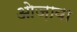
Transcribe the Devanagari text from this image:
ओज़ावा